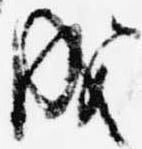
成